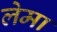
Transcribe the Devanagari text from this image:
लेमा